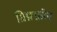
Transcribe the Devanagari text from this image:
ग्रिफ़्फ़ोन